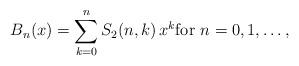
LaTeX: \begin{align*} B_n(x)=\sum_{k=0}^{n} S_2(n,k)\,x^k \hbox{for }n=0,1,\ldots, \end{align*}